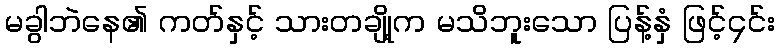
မခွါဘဲနေ၏ ကတ်နှင့် သားတချို့က မသိဘူးသော ပြန့်နှံ ဖြင့်၄င်း